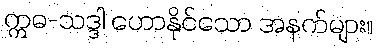
ဣဓ-သဒ္ဒါ ဟောနိုင်သော အနက်များ။